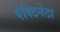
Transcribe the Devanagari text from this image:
पेक्टिनेटा